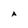
Character: A